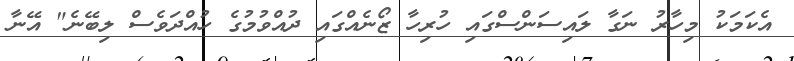
އެކަމަކު މިހާރު ނަގާ ލައިސަންސްގައި ހުރިހާ ޒޯނެއްގައި ދުއްވުމުގެ ހުއްދަވެސް ލިބޭނެ" އޭނާ